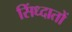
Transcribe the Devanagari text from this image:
सिंध्दातों